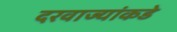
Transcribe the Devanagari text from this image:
दरवाज्यांकडे